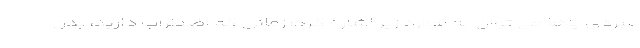
سردی پاها می توان به موارد زیر اشاره کرد: زمانی که اضطراب دارید، بدن